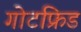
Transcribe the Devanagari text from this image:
गोटफ्रिड